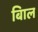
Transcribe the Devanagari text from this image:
बािल